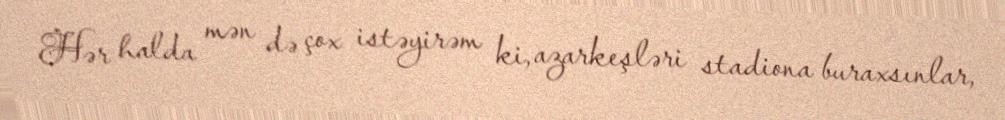
Hər halda mən də çox istəyirəm ki, azarkeşləri stadiona buraxsınlar,